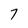
Character: 7